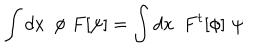
\int d x \, \, \, \phi \, \, F [ \psi ] = \int d x \, \, \, F ^ { t } [ \phi ] \, \, \psi